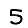
Digit: 5